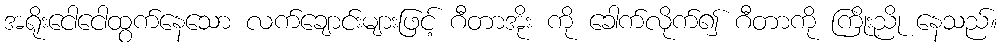
အရိုးငေါငေါထွက်နေသော လက်ချောင်းများဖြင့် ဂီတာအိုး ကို ခေါက်လိုက်၍ ဂီတာကို ကြိုးညို နေသည်။